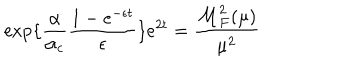
\exp \{ \frac { \alpha } { \alpha _ { c } } \frac { 1 - e ^ { - \epsilon t } } { \epsilon } \} e ^ { 2 t } = \frac { { \cal M } _ { F } ^ { 2 } ( \mu ) } { \mu ^ { 2 } }